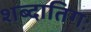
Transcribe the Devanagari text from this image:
शब्दातिगः